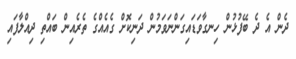
ދެން އެ ދެ ބޭފުޅުން ހިނގާވަޑައިގަންނަވަމުން ދަނިކޮށް ގެއެއްގެ ތެރެއިން ބައްތި ދިއްލާފައި